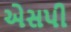
એસપી